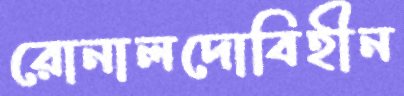
রোনালদোবিহীন